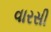
વારસી